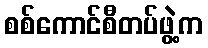
စစ်ကောင်စီတပ်ဖွဲ့က